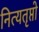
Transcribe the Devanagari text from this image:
नित्यतृप्तो